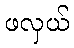
ဖလှယ်